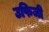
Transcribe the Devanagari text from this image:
उफिजी